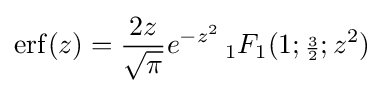
\operatorname {erf} (z)={\frac {2z}{\sqrt {\pi }}}e^{-z^{2}}\,_{1}F_{1}(1;{\scriptstyle {\frac {3}{2}}};z^{2})